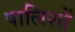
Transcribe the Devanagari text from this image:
पालिशों